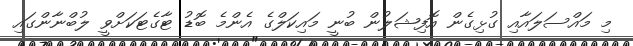
މި މައްސަލައާއި ގުޅިގެން އޮފިޝަލުން ބުނީ މައިކަލްގެ އެންމެ ބޮޑު ޓާގެޓަކަށްވީ ލުބްނާންގައި